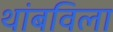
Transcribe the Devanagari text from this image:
थांबविला